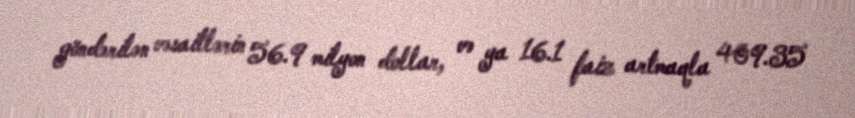
göndərilən vəsaitlərin 56.9 milyon dollar, və ya 16.1 faiz artmaqla 409.35